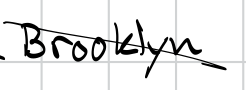
Text: Brooklyn.
Cross-out: diagonal
Writing tool: digital_black